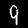
Digit: 9